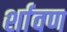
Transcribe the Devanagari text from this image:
र्शावण